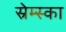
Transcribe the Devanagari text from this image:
स्रेम्स्का